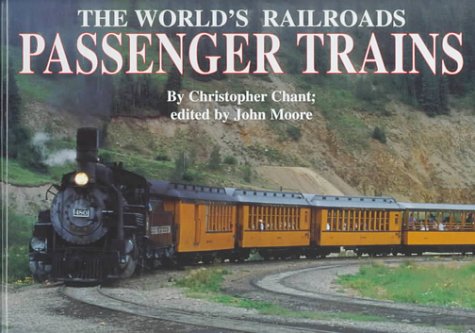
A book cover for Passenger Trains (World's Railroads); Christopher Chant; Teen & Young Adult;